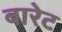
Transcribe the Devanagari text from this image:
बारेट